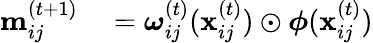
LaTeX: \begin{array}{rl}{\mathbf{m}_{ij}^{(t+1)}}&{{}=\boldsymbol{\omega}_{ij}^{(t)}(\mathbf{x}_{ij}^{(t)})\odot\boldsymbol{\phi}(\mathbf{x}_{ij}^{(t)})}\end{array}